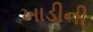
ખાડીની